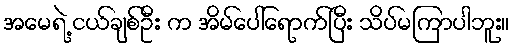
အမေရဲ့ ငယ်ချစ်ဦး က အိမ်ပေါ်ရောက်ပြီး သိပ်မကြာပါဘူး။